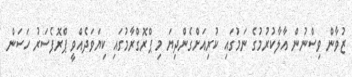
ޒުވާން ވިސްނުން އާލާކުރުމުގެ ނަމުގައި ކުރިއަށްގެންދިޔަ މި ޕްރޮގްރާމުގައި ކިޔަވަދެއްވީ ޕްރޮފެސަރު ހަސަން